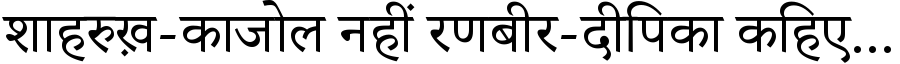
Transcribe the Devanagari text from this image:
शाहरुख़-काजोल नहीं रणबीर-दीपिका कहिए...